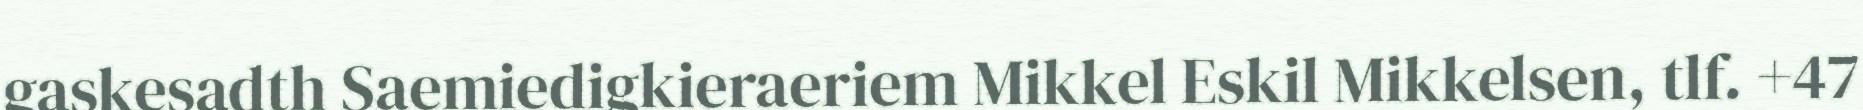
gaskesadth Saemiedigkieraeriem Mikkel Eskil Mikkelsen, tlf. +47